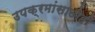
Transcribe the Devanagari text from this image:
उपक्रमांसाठीही